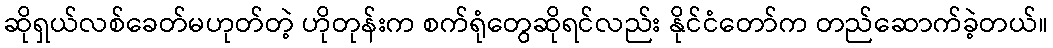
ဆိုရှယ်လစ်ခေတ်မဟုတ်တဲ့ ဟိုတုန်းက စက်ရုံတွေဆိုရင်လည်း နိုင်ငံတော်က တည်ဆောက်ခဲ့တယ်။